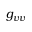
g _ { v v }